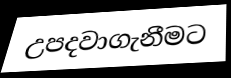
උපදවාගැනීමට